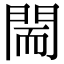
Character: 𨴎